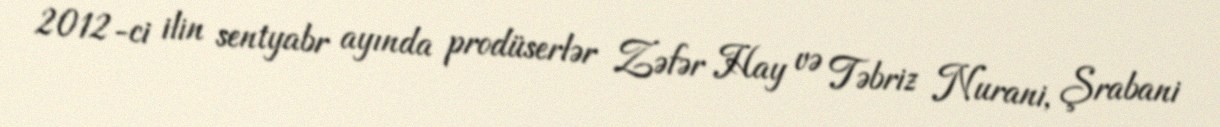
2012-ci ilin sentyabr ayında prodüserlər Zəfər Hay və Təbriz Nurani, Şrabani